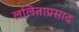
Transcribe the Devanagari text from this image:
ललिताप्रसाद